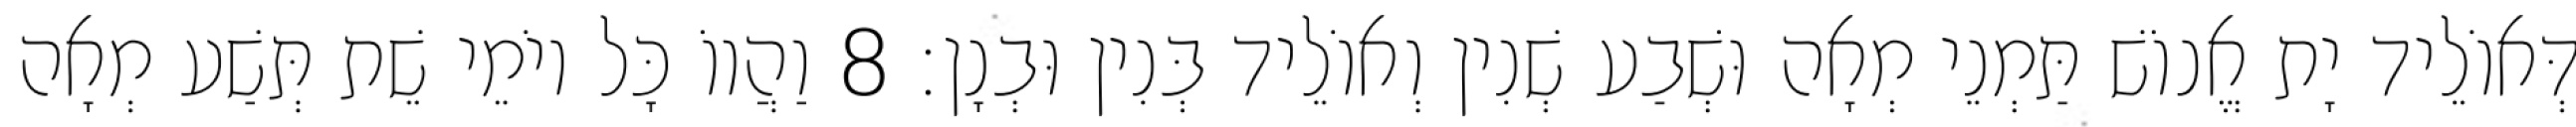
דְּאוֹלֵיד יָת אֱנוֹשׁ תַּמְנֵי מְאָה וּשְׁבַע שְׁנִין וְאוֹלֵיד בְּנִין וּבְנָן׃ 8 וַהֲווֹ כָּל יוֹמֵי שֵׁת תְּשַׁע מְאָה